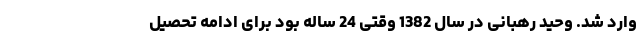
وارد شد. وحید رهبانی در سال 1382 وقتی 24 ساله بود برای ادامه تحصیل